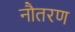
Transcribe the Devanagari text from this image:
नौतरण